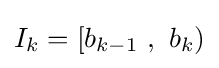
I_{k}=[b_{k-1}~,~b_{k})